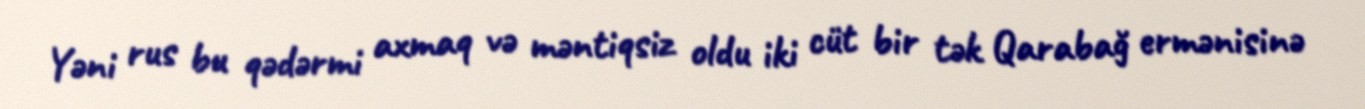
Yəni rus bu qədərmi axmaq və məntiqsiz oldu iki cüt bir tək Qarabağ ermənisinə